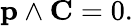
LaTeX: \mathbf{p}\land\mathbf{C}=0.